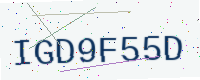
Text: IGD9F55D